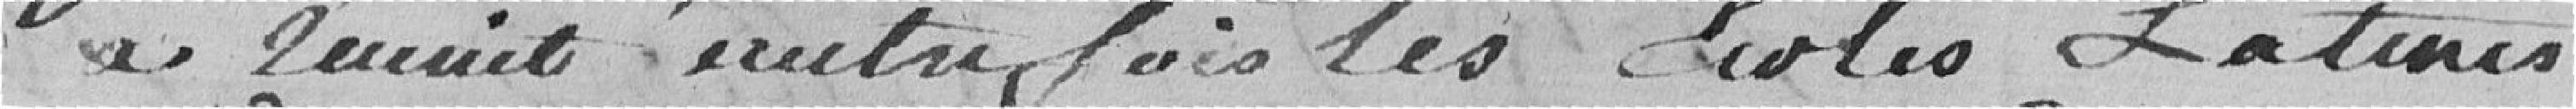
a réunit autrefois les Ecoles Laiques